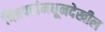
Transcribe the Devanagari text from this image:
चित्रपटांमधूनदेखील